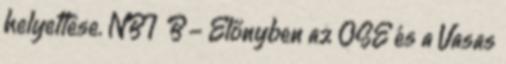
helyettese. NBI B - Előnyben az OSE és a Vasas